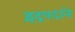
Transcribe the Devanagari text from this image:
इंद्रपदाने